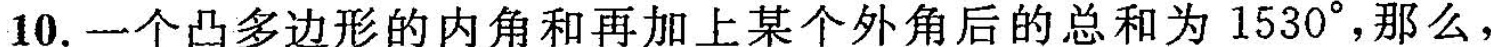
10.一个凸多边形的内角和再加上某个外角后的总和为1530°，那么，